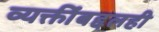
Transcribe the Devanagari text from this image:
व्यक्तींबद्दलही